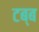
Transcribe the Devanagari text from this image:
टब्ब